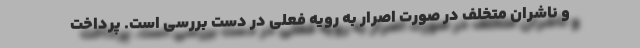
و ناشران متخلف در صورت اصرار به رویه فعلی در دست بررسی است. پرداخت